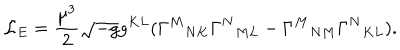
LaTeX: { \cal L } _ { E } = \frac { \mu ^ { 3 } } { 2 } \sqrt { - g } g ^ { K L } ( \Gamma ^ { M } { } _ { N K } \Gamma ^ { N } { } _ { M L } - \Gamma ^ { M } { } _ { N M } \Gamma ^ { N } { } _ { K L } ) .